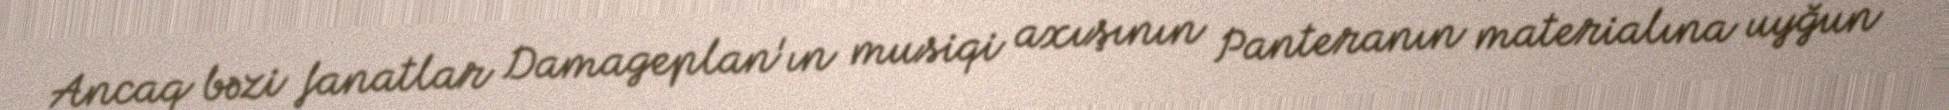
Ancaq bəzi fanatlar Damageplan'ın musiqi axışının Panteranın materialına uyğun